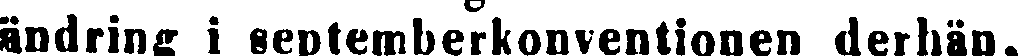
ändring i septemberkonventionen derhän,